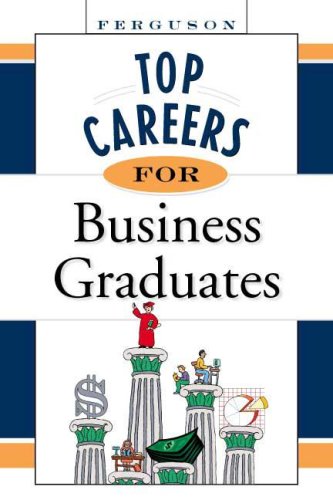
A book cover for Top Careers for Business Graduates (Top Careers Series); Ferguson; Business & Money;